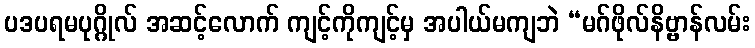
ပဒပရမပုဂ္ဂိုလ် အဆင့်လောက် ကျင့်ကိုကျင့်မှ အပါယ်မကျဘဲ “မဂ်ဖိုလ်နိဗ္ဗာန်လမ်း